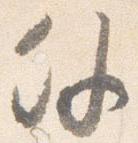
外